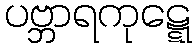
ပဗ္ဘာရကုဋ္ဋေ